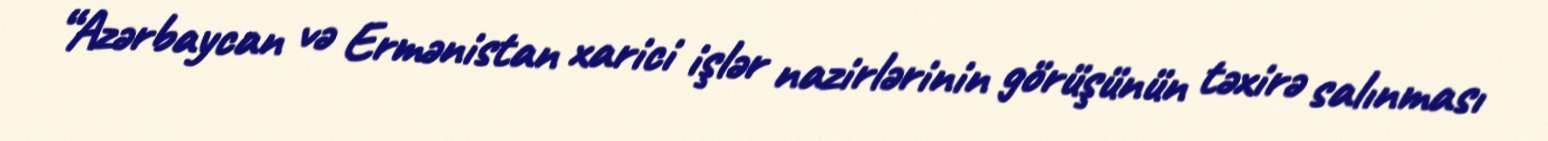
“Azərbaycan və Ermənistan xarici işlər nazirlərinin görüşünün təxirə salınması